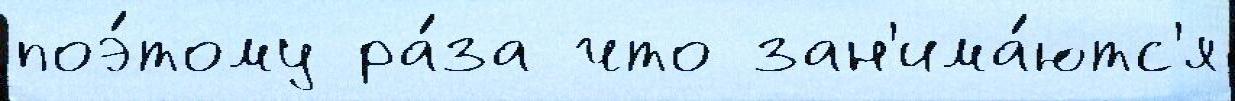
поэ́тому ра́за что зан'има́ютс'я